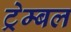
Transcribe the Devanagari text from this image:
ट्रेम्बल